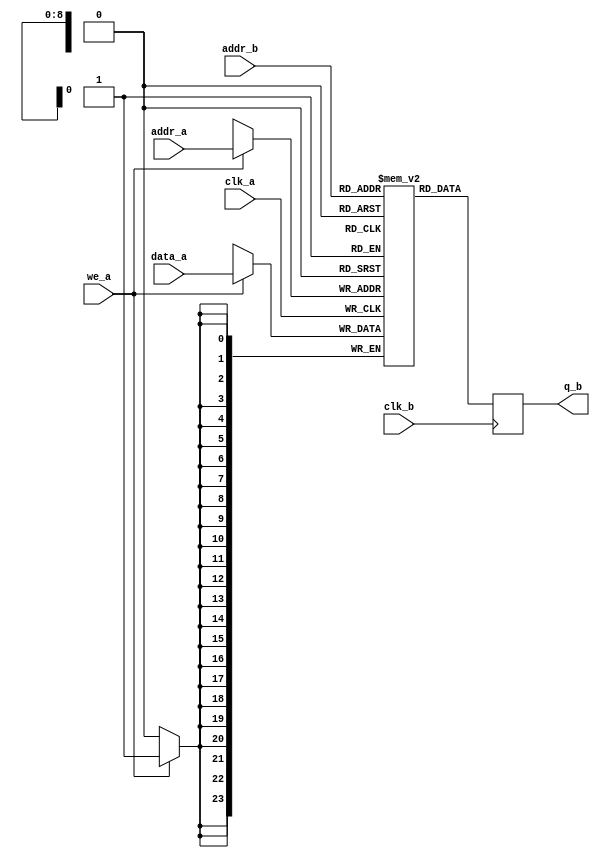
module pixel_ram
#(parameter DATA_WIDTH=24, parameter ADDR_WIDTH=9)
(
	input [(DATA_WIDTH-1):0] data_a,
	input [(ADDR_WIDTH-1):0] addr_a, addr_b,
	input we_a, clk_a, clk_b,
	output reg [(DATA_WIDTH-1):0] q_b
);

	// Declare the RAM variable
	reg [DATA_WIDTH-1:0] ram[2**ADDR_WIDTH-1:0];

	always @ (posedge clk_a)
	begin
		if (we_a) 
			ram[addr_a] <= data_a;
	end

	always @ (posedge clk_b)
	begin
		q_b <= ram[addr_b];
	end

endmodule